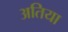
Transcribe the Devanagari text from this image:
अतिया